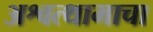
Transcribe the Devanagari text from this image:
अश्वत्थामाचा